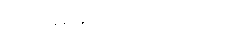
ပြောမယ် ထင်ပါတယ်။